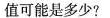
值可能是多少?